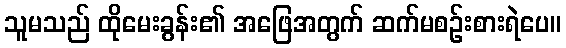
သူမသည် ထိုမေးခွန်း၏ အဖြေအတွက် ဆက်မစဉ်းစားရဲပေ။